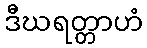
ဒီဃရတ္တာဟံ